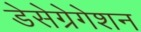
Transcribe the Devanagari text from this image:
डेसेग्रेगेशन